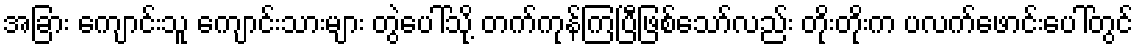
အခြား ကျောင်းသူ ကျောင်းသားများ တွဲပေါ်သို့ တက်ကုန်ကြပြီဖြစ်သော်လည်း တိုးတိုးက ပလက်ဖောင်းပေါ်တွင်